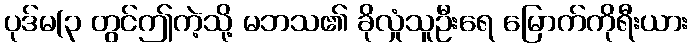
ပုဒ်မ(၃ တွင်ဤကဲ့သို့ မဘသ၏ ခိုလှုံသူဦးရေ မြောက်ကိုရီးယား